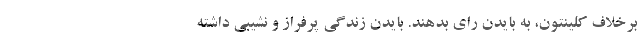
برخلاف کلینتون، به بایدن رای بدهند. بایدن زندگی پرفراز و نشیبی داشته